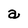
Character: a